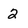
Character: 2